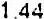
1.44